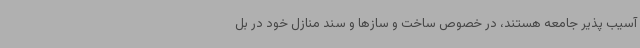
آسیب پذیر جامعه هستند، در خصوص ساخت و سازها و سند منازل خود در بل